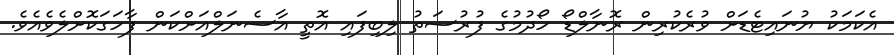
އެކަމަކު ޔުނައިޓެޑަށް ވުރެކުރިން ރޮނާލްޑޯ ހޯދުމުގެ ފުރުސަތު ލިބިފައި އޮތީ އާސެނަލްއަށްކަން ފާހަގަކޮށްލެވެއެވެ.